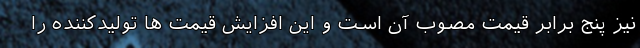
نیز پنج برابر قیمت مصوب آن است و این افزایش قیمت ها تولیدکننده را